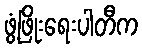
ဖွံ့ဖြိုးရေးပါတီက